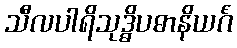
သီလပါရိသုဒ္ဓိပဓာနိယင်္ဂံ